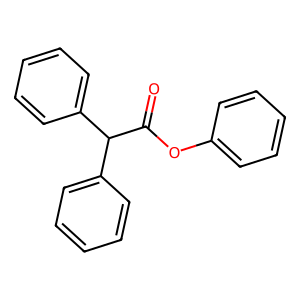
SMILES: O=C(Oc1ccccc1)C(c1ccccc1)c1ccccc1
Inhibits HIV replication: No